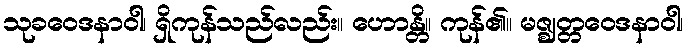
သုခဝေဒနာဝါ၊ ရှိကုန်သည်လည်း။ ဟောန္တိ။ ကုန်၏။ မဇ္ဈတ္တဝေဒနာဝါ၊